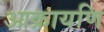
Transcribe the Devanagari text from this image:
आक्रायणि